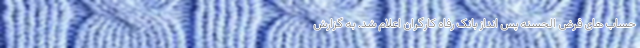
حساب های قرض الحسنه پس انداز بانک رفاه کارگران اعلام شد. به گزارش